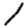
Digit: 1